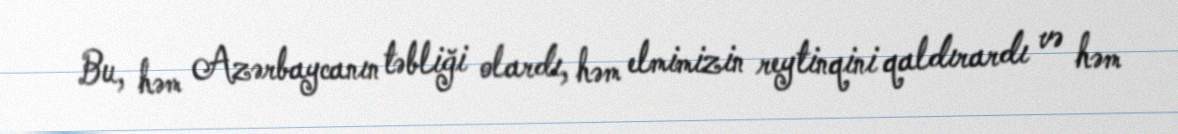
Bu, həm Azərbaycanın təbliği olardı, həm elmimizin reytinqini qaldırardı və həm